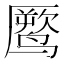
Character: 𱊧